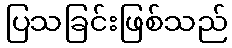
ပြသခြင်းဖြစ်သည်